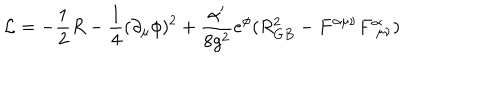
LaTeX: { \cal L } = - \frac { 1 } { 2 } R - \frac { 1 } { 4 } ( \partial _ { \mu } \phi ) ^ { 2 } + \frac { \alpha ^ { \prime } } { 8 g ^ { 2 } } e ^ { \phi } ( R _ { G B } ^ { 2 } - F ^ { \alpha \mu \nu } F _ { \, \, \mu \nu } ^ { \alpha } )